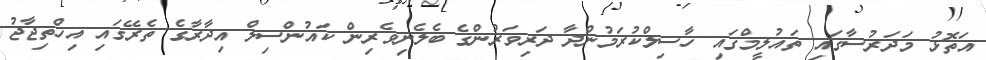
އަތޮޅު މަދަރުސާގައި ތައުލީމްގައި ހާސިލްކުރަމުންދާ ދަރިވަރުންގެ ބެލެނިވެރިން ކައުންސިލް އިދާރާގެ ތެރޭގައި އިހްތިޖާޖު